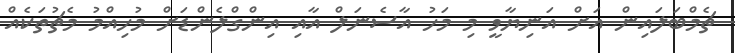
ޗެމްބަލައިން އަށް އަނިޔާވީ މި މަހު އާސެނަލް އާއި އިންގްލެންޑަށް މުހިއްމު މެޗުތަކެއް